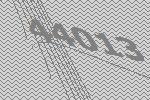
44013